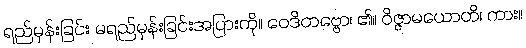
ရည်မှန်းခြင်း မရည်မှန်းခြင်းအပြားကို။ ဝေဒိတဗ္ဗော၊ ၏။ ဝိဇ္ဇာမယောတိ၊ ကား။